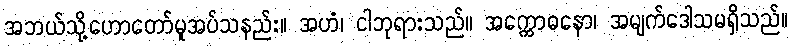
အဘယ်သို့ဟောတော်မူအပ်သနည်း။ အဟံ၊ ငါဘုရားသည်။ အက္ကောဓနော၊ အမျက်ဒေါသမရှိသည်။